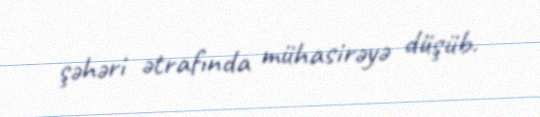
şəhəri ətrafında mühasirəyə düşüb.